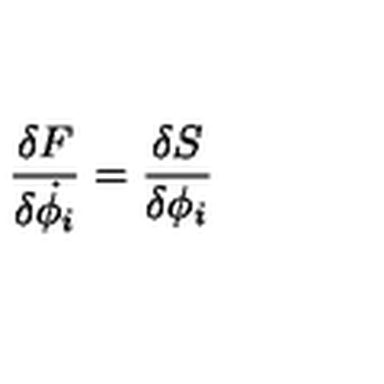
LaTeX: { \frac { \delta F } { \delta \dot { \phi _ { i } } } } = { \frac { \delta S } { \delta \phi _ { i } } }